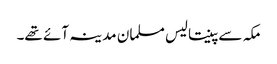
مکہ سے پینتالیس مسلمان مدینہ آئے تھے۔